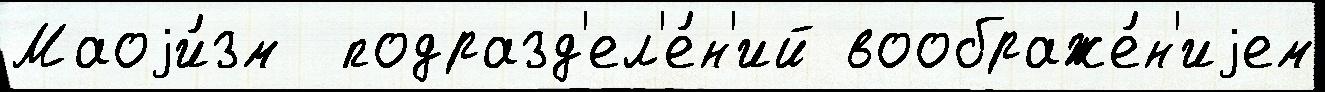
Маоjи́зм  подразд'ел'е́н'ий воображе́н'иjем